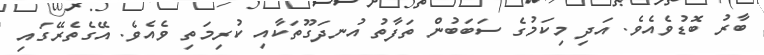
ބާރު ބޮޑުވެއެވެ. އަދި މިކަމުގެ ސަބަބުން ތަފާތު އުނދަގޫތަކާއި ކުރިމަތި ވެއެވެ. އޭގެތެރޭގައި